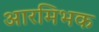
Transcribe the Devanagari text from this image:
आरमिभक